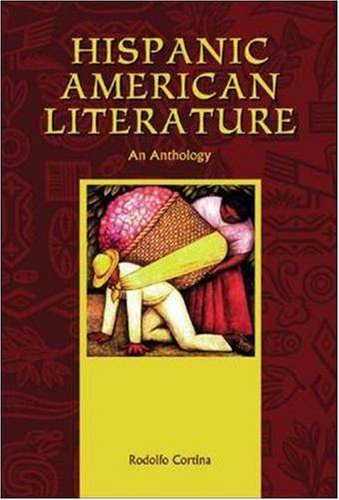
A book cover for Hispanic American Literature: An Anthology; Rodolfo Cortina; Literature & Fiction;